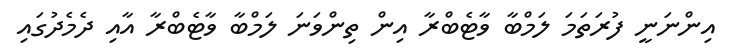
އިންނަނީ ފުރަތަމަ ލަމްބާ ވާޓެބްރާ އިން ތިންވަނަ ލަމްބާ ވާޓެބްރާ އާއި ދެމެދުގައި